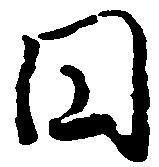
円